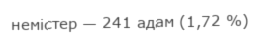
немістер — 241 адам (1,72 %)